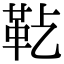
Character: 𩉟